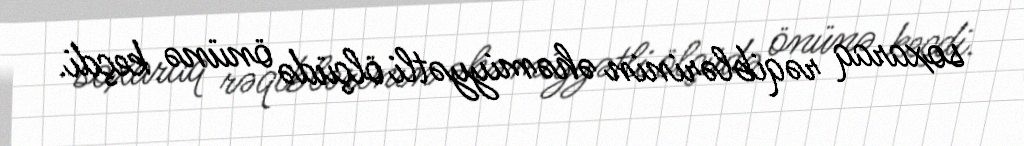
soxaraq rəqiblərinin əhəmiyyətli ölçüdə önünə keçdi.